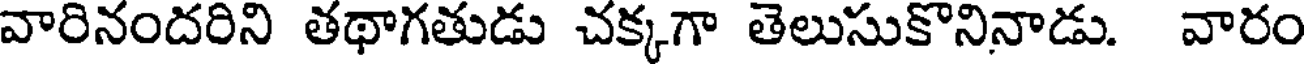
వారినందరిని తథాగతుడు చక్కగా తెలుసుకొనినాడు. వారం